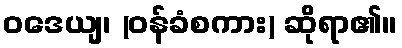
ဝဒေယျ၊ (ဝန်ခံစကား) ဆိုရာ၏။